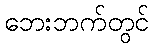
ဘေးဘက်တွင်